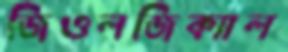
জিওলজিক্যাল